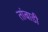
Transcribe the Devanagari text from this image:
तांबाडी